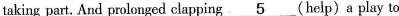
taking part. And prolonged clapping \underline{5} (help)a play to